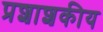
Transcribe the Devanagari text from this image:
प्रशाशकीय